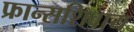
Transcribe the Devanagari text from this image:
फ्रान्सशिवाय